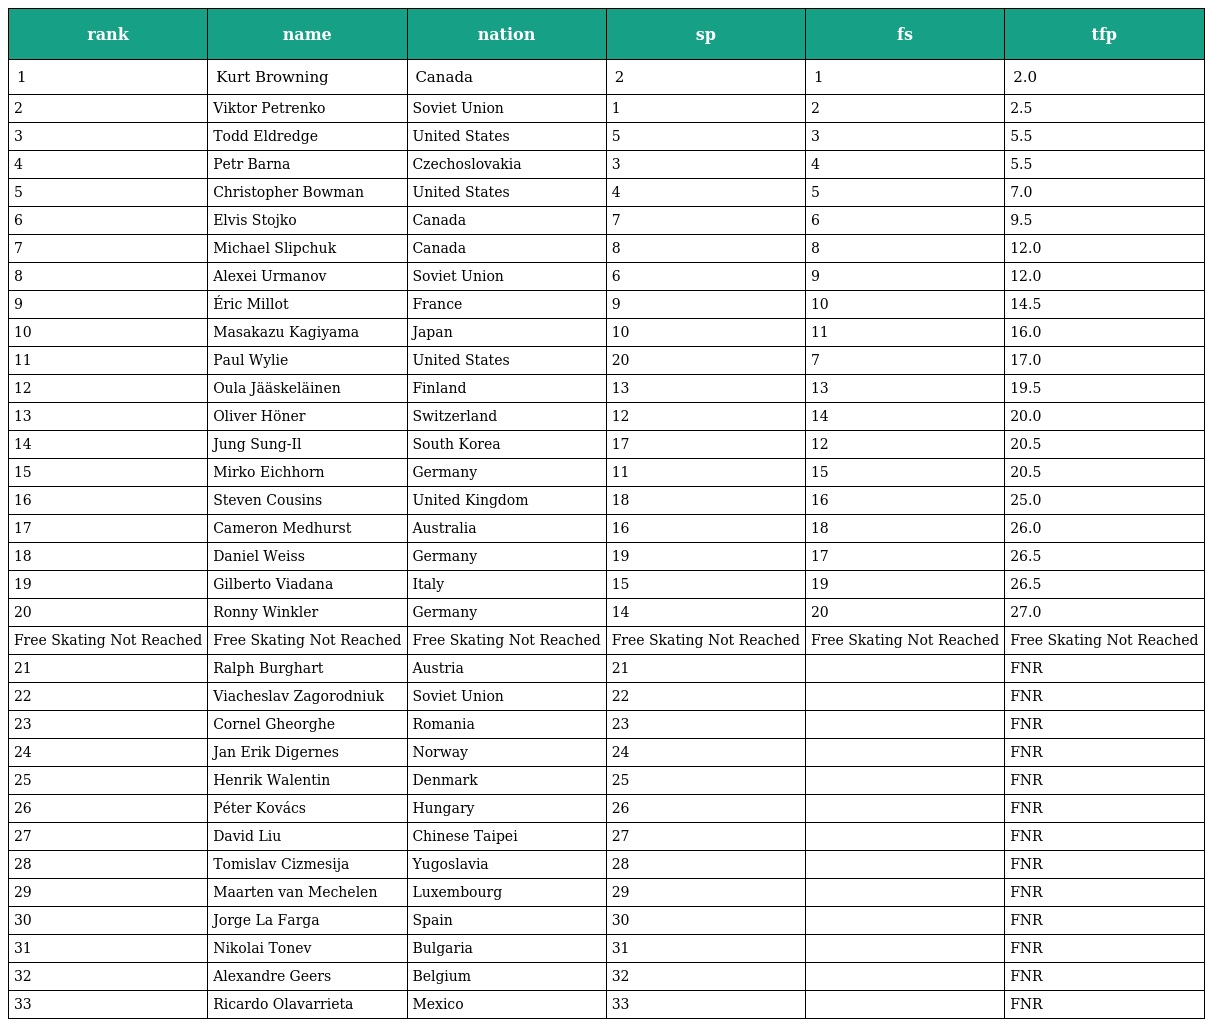
| rank | name | nation | sp | fs | tfp |
 | --- | --- | --- | --- | --- | --- |
 | 1 | Kurt Browning | Canada | 2 | 1 | 2.0 |
 | 2 | Viktor Petrenko | Soviet Union | 1 | 2 | 2.5 |
 | 3 | Todd Eldredge | United States | 5 | 3 | 5.5 |
 | 4 | Petr Barna | Czechoslovakia | 3 | 4 | 5.5 |
 | 5 | Christopher Bowman | United States | 4 | 5 | 7.0 |
 | 6 | Elvis Stojko | Canada | 7 | 6 | 9.5 |
 | 7 | Michael Slipchuk | Canada | 8 | 8 | 12.0 |
 | 8 | Alexei Urmanov | Soviet Union | 6 | 9 | 12.0 |
 | 9 | Éric Millot | France | 9 | 10 | 14.5 |
 | 10 | Masakazu Kagiyama | Japan | 10 | 11 | 16.0 |
 | 11 | Paul Wylie | United States | 20 | 7 | 17.0 |
 | 12 | Oula Jääskeläinen | Finland | 13 | 13 | 19.5 |
 | 13 | Oliver Höner | Switzerland | 12 | 14 | 20.0 |
 | 14 | Jung Sung-Il | South Korea | 17 | 12 | 20.5 |
 | 15 | Mirko Eichhorn | Germany | 11 | 15 | 20.5 |
 | 16 | Steven Cousins | United Kingdom | 18 | 16 | 25.0 |
 | 17 | Cameron Medhurst | Australia | 16 | 18 | 26.0 |
 | 18 | Daniel Weiss | Germany | 19 | 17 | 26.5 |
 | 19 | Gilberto Viadana | Italy | 15 | 19 | 26.5 |
 | 20 | Ronny Winkler | Germany | 14 | 20 | 27.0 |
 | Free Skating Not Reached | Free Skating Not Reached | Free Skating Not Reached | Free Skating Not Reached | Free Skating Not Reached | Free Skating Not Reached |
 | 21 | Ralph Burghart | Austria | 21 |  | FNR |
 | 22 | Viacheslav Zagorodniuk | Soviet Union | 22 |  | FNR |
 | 23 | Cornel Gheorghe | Romania | 23 |  | FNR |
 | 24 | Jan Erik Digernes | Norway | 24 |  | FNR |
 | 25 | Henrik Walentin | Denmark | 25 |  | FNR |
 | 26 | Péter Kovács | Hungary | 26 |  | FNR |
 | 27 | David Liu | Chinese Taipei | 27 |  | FNR |
 | 28 | Tomislav Cizmesija | Yugoslavia | 28 |  | FNR |
 | 29 | Maarten van Mechelen | Luxembourg | 29 |  | FNR |
 | 30 | Jorge La Farga | Spain | 30 |  | FNR |
 | 31 | Nikolai Tonev | Bulgaria | 31 |  | FNR |
 | 32 | Alexandre Geers | Belgium | 32 |  | FNR |
 | 33 | Ricardo Olavarrieta | Mexico | 33 |  | FNR |